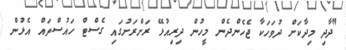
"ދާދި މިދާކަށް ދުވަހަކާ ޖެހެންދެން މީހުން ދިރިއުޅޭ ރަށްރަށުގައި ގެސްޓް ހައުސްތައް އެޅުން